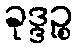
ခုဒ္ဒဉ္စ